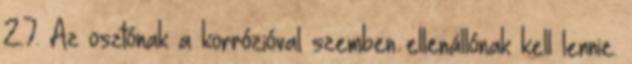
2.7. Az osztónak a korrózióval szemben ellenállónak kell lennie.